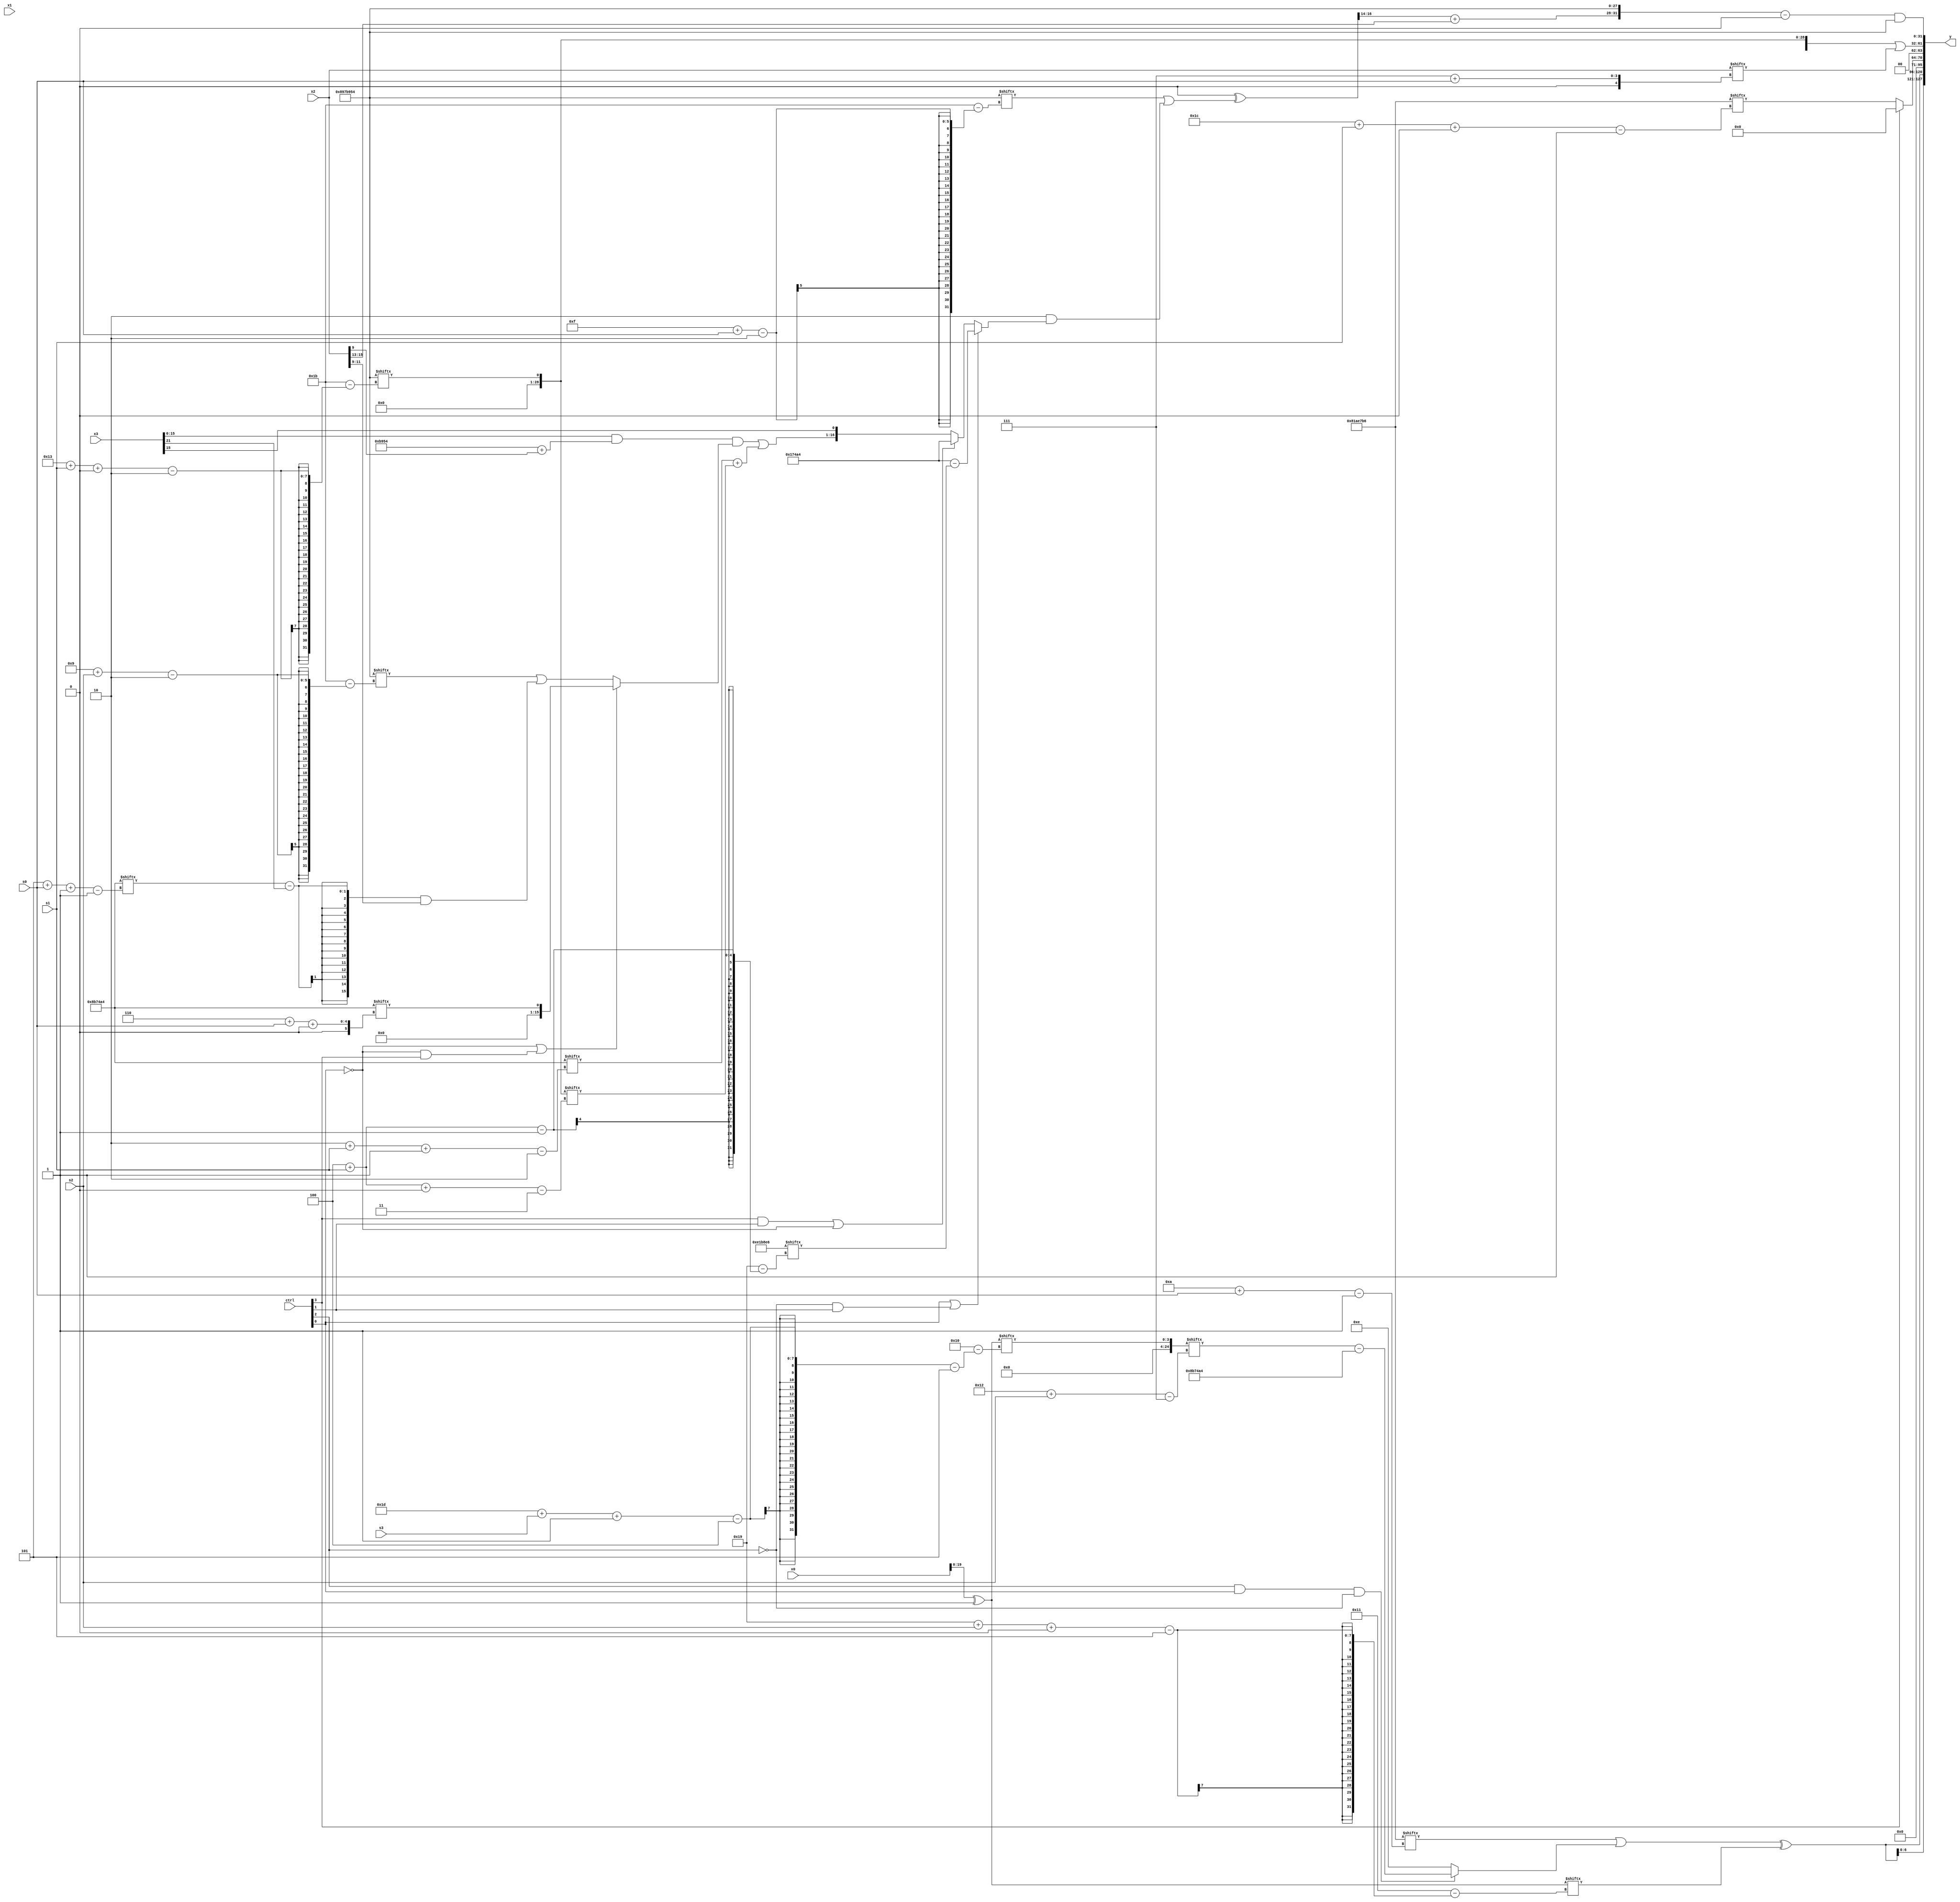
module partsel_00012(ctrl, s0, s1, s2, s3, x0, x1, x2, x3, y);
  input [3:0] ctrl;
  input [2:0] s0;
  input [2:0] s1;
  input [2:0] s2;
  input [2:0] s3;
  input [31:0] x0;
  input signed [31:0] x1;
  input [31:0] x2;
  input [31:0] x3;
  wire [5:24] x4;
  wire [31:3] x5;
  wire [3:28] x6;
  wire [24:6] x7;
  wire [5:24] x8;
  wire signed [31:7] x9;
  wire [24:1] x10;
  wire [4:24] x11;
  wire [7:29] x12;
  wire signed [6:25] x13;
  wire signed [25:1] x14;
  wire [27:6] x15;
  output [127:0] y;
  wire signed [31:0] y0;
  wire signed [31:0] y1;
  wire signed [31:0] y2;
  wire signed [31:0] y3;
  assign y = {y0,y1,y2,y3};
  localparam [29:1] p0 = 672851894;
  localparam [2:29] p1 = 681032020;
  localparam [1:26] p2 = 283228390;
  localparam signed [24:0] p3 = 445346980;
  assign x4 = (x0 ^ p0[20]);
  assign x5 = p1[19 + s1 +: 1];
  assign x6 = x2;
  assign x7 = {(((x3 & (p1 + x6[19 +: 1])) & (!ctrl[0] || !ctrl[0] && ctrl[3] ? p3[6 + s0 +: 1] : (p1[9 + s2] | ((p3[5 + s0 -: 1] - x3[21]) & x6[19 -: 3])))) | (p3[2 + s1 -: 2] + x5[4 + s1 +: 1])), x3[15]};
  assign x8 = p1[19 -: 1];
  assign x9 = x4[29 + s3 -: 4];
  assign x10 = p2[19 -: 1];
  assign x11 = p3[14 -: 3];
  assign x12 = x10[16 + s3];
  assign x13 = x6[13 +: 3];
  assign x14 = (x8[16 -: 2] ^ (p1[15 + s0] | (p2[16 -: 2] & (ctrl[0] || !ctrl[2] && ctrl[1] ? (p3 - p2[4 + s1]) : (ctrl[3] && ctrl[1] || !ctrl[0] ? p3 : x7)))));
  assign x15 = (x2 | x6[2 + s2 +: 8]);
  assign y0 = {2{((p0[10 + s0] | (ctrl[2] && ctrl[0] && !ctrl[2] ? (x9[18 + s2] - p3) : {(p2[14 +: 2] ^ p0[17]), (p0[14 -: 1] + p0[22 -: 2])})) ^ x4[25 + s2 +: 3])}};
  assign y1 = (!ctrl[3] || !ctrl[3] || !ctrl[3] ? p0[28 + s1 +: 7] : x13[9 +: 2]);
  assign y2 = ({2{x5}} | x2[7 + s0]);
  assign y3 = (({{2{(x14[15 +: 3] + x13)}}, p1} - (x10[12 -: 3] - p0[17])) & p1);
endmodule